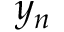
y _ { n }